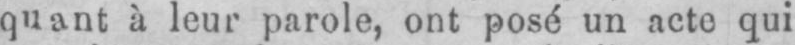
quant à leur parole, ont posé un acte qui